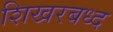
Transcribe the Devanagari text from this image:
शिखरबध्द